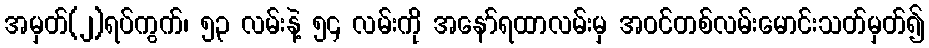
အမှတ်(၂)ရပ်ကွက်၊ ၅၃ လမ်းနဲ့ ၅၄ လမ်းကို အနော်ရထာလမ်းမှ အဝင်တစ်လမ်းမောင်းသတ်မှတ်၍